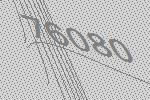
76080